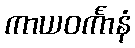
ကာယဝင်္ကာနံ